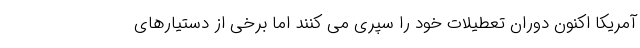
آمریکا اکنون دوران تعطیلات خود را سپری می کنند اما برخی از دستیارهای